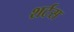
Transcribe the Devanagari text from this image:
शर्टस